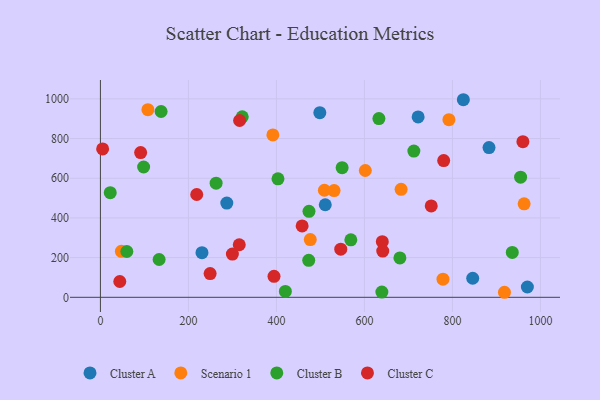
{"axis": {"x": "Investment", "y": "Exam Score"}, "legend": ["Cluster A", "Cluster B", "Cluster C", "Scenario 1"], "data": [{"x": "883.1", "y": 754.8, "type": "Cluster A"}, {"x": "287.2", "y": 474.8, "type": "Cluster A"}, {"x": "722.0", "y": 909.2, "type": "Cluster A"}, {"x": "970.3", "y": 51.9, "type": "Cluster A"}, {"x": "230.8", "y": 225.1, "type": "Cluster A"}, {"x": "511.0", "y": 466.3, "type": "Cluster A"}, {"x": "498.6", "y": 930.3, "type": "Cluster A"}, {"x": "824.8", "y": 995.7, "type": "Cluster A"}, {"x": "846.1", "y": 96.0, "type": "Cluster A"}, {"x": "792.0", "y": 895.4, "type": "Scenario 1"}, {"x": "391.9", "y": 818.4, "type": "Scenario 1"}, {"x": "476.9", "y": 290.9, "type": "Scenario 1"}, {"x": "602.0", "y": 639.1, "type": "Scenario 1"}, {"x": "47.6", "y": 231.8, "type": "Scenario 1"}, {"x": "683.3", "y": 544.1, "type": "Scenario 1"}, {"x": "962.9", "y": 471.3, "type": "Scenario 1"}, {"x": "531.0", "y": 538.0, "type": "Scenario 1"}, {"x": "918.2", "y": 25.3, "type": "Scenario 1"}, {"x": "778.5", "y": 91.3, "type": "Scenario 1"}, {"x": "107.9", "y": 945.7, "type": "Scenario 1"}, {"x": "509.0", "y": 539.4, "type": "Scenario 1"}, {"x": "137.9", "y": 936.4, "type": "Cluster B"}, {"x": "403.5", "y": 597.3, "type": "Cluster B"}, {"x": "639.6", "y": 26.4, "type": "Cluster B"}, {"x": "98.2", "y": 656.6, "type": "Cluster B"}, {"x": "549.3", "y": 653.1, "type": "Cluster B"}, {"x": "22.3", "y": 527.3, "type": "Cluster B"}, {"x": "632.9", "y": 900.5, "type": "Cluster B"}, {"x": "420.3", "y": 29.4, "type": "Cluster B"}, {"x": "712.3", "y": 736.9, "type": "Cluster B"}, {"x": "474.0", "y": 433.1, "type": "Cluster B"}, {"x": "954.9", "y": 605.5, "type": "Cluster B"}, {"x": "60.0", "y": 230.8, "type": "Cluster B"}, {"x": "569.1", "y": 289.7, "type": "Cluster B"}, {"x": "473.4", "y": 186.1, "type": "Cluster B"}, {"x": "133.4", "y": 190.5, "type": "Cluster B"}, {"x": "262.9", "y": 575.1, "type": "Cluster B"}, {"x": "680.6", "y": 198.5, "type": "Cluster B"}, {"x": "322.3", "y": 909.5, "type": "Cluster B"}, {"x": "936.0", "y": 226.0, "type": "Cluster B"}, {"x": "249.3", "y": 119.6, "type": "Cluster C"}, {"x": "5.0", "y": 747.6, "type": "Cluster C"}, {"x": "641.6", "y": 232.7, "type": "Cluster C"}, {"x": "316.3", "y": 890.9, "type": "Cluster C"}, {"x": "394.5", "y": 105.8, "type": "Cluster C"}, {"x": "299.9", "y": 217.7, "type": "Cluster C"}, {"x": "218.9", "y": 518.1, "type": "Cluster C"}, {"x": "546.2", "y": 242.7, "type": "Cluster C"}, {"x": "640.6", "y": 280.1, "type": "Cluster C"}, {"x": "458.4", "y": 359.8, "type": "Cluster C"}, {"x": "751.8", "y": 460.6, "type": "Cluster C"}, {"x": "44.0", "y": 79.6, "type": "Cluster C"}, {"x": "960.1", "y": 784.2, "type": "Cluster C"}, {"x": "315.5", "y": 264.8, "type": "Cluster C"}, {"x": "91.4", "y": 729.3, "type": "Cluster C"}, {"x": "780.1", "y": 688.9, "type": "Cluster C"}]}